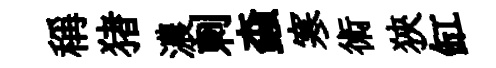
稱猪濃刺螙寒術狹缸